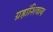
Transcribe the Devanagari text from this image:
ग्रहांशिवाय